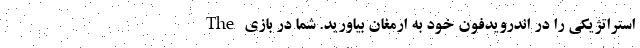
استراتژیکی را در اندرویدفون خود به ارمغان بیاورید. شما در بازی The